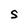
Character: S